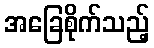
အခြေစိုက်သည့်